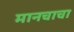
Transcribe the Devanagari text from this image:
मानचाचा